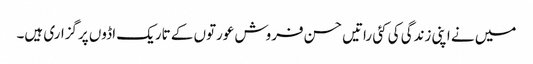
میں نے اپنی زندگی کی کئی راتیں حسن فروش عورتوں کے تاریک اڈوں پرگزاری ہیں۔